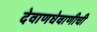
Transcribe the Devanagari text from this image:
देवाणघेवाणीची